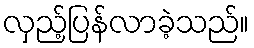
လှည့်ပြန်လာခဲ့သည်။